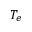
T _ { e }